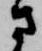
さ